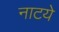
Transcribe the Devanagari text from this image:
नाटये